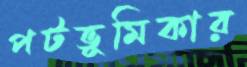
পটভূমিকার